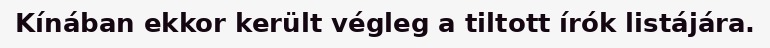
Kínában ekkor került végleg a tiltott írók listájára.